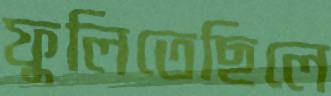
ফুলিতেছিলে